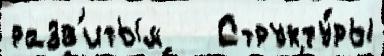
разв'итым   Структу́ры